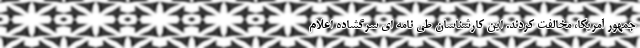
جمهور آمریکا، مخالفت کردند. این کارشناسان طی نامه ای سرگشاده اعلام